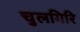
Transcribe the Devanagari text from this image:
चुलगिरि